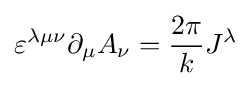
\varepsilon ^{\lambda \mu \nu }\partial _{\mu }A_{\nu }={\frac {2\pi }{k}}J^{\lambda }